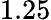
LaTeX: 1.25